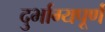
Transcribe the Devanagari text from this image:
दुर्भाग्‍यपूर्ण